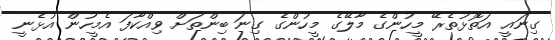
ގިނައީ އަތޮޅުތެރޭ މީހުންގެ މާލޭގެ މީހުންގެ ގިނަ ބިންތަށް ވިއްކާފަ އެމީހުން އުޅެނީ